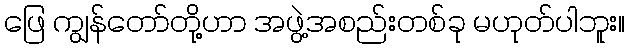
ဖြေ ကျွန်တော်တို့ဟာ အဖွဲ့အစည်းတစ်ခု မဟုတ်ပါဘူး။